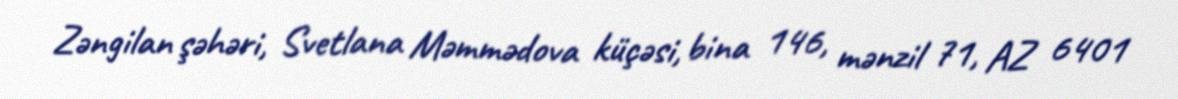
Zəngilan şəhəri, Svetlana Məmmədova küçəsi, bina 146, mənzil 71, AZ 6401